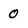
Character: 0